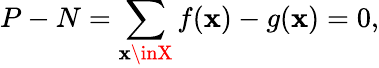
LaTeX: P-N=\sum_{\mathbf{x}\inX}f(\mathbf{x})-g(\mathbf{x})=0,